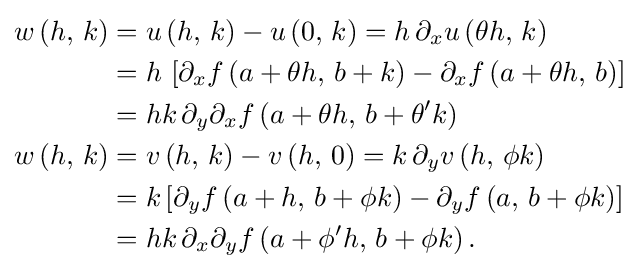
{\begin{aligned}w\left(h,\,k\right)&=u\left(h,\,k\right)-u\left(0,\,k\right)=h\,\partial _{x}u\left(\theta h,\,k\right)\\&=h\,\left[\partial _{x}f\left(a+\theta h,\,b+k\right)-\partial _{x}f\left(a+\theta h,\,b\right)\right]\\&=hk\,\partial _{y}\partial _{x}f\left(a+\theta h,\,b+\theta ^{\prime }k\right)\\w\left(h,\,k\right)&=v\left(h,\,k\right)-v\left(h,\,0\right)=k\,\partial _{y}v\left(h,\,\phi k\right)\\&=k\left[\partial _{y}f\left(a+h,\,b+\phi k\right)-\partial _{y}f\left(a,\,b+\phi k\right)\right]\\&=hk\,\partial _{x}\partial _{y}f\left(a+\phi ^{\prime }h,\,b+\phi k\right).\end{aligned}}